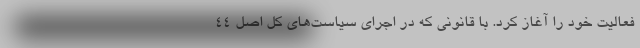
فعالیت خود را آغاز کرد. با قانونی که در اجرای سیاست‌های کل اصل ۴۴